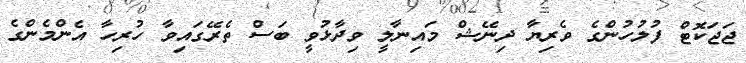
ޖަޖަކޮޓް ފުލުހުންގެ ވެރިޔާ ދިނޭޝް މައިނާލީ ވިދާޅުވީ ބަސް ތެރޭގައިވާ ހުރިހާ އެންމެންގެ